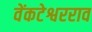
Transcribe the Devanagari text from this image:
वेंकटेश्वरराव